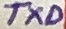
Text: TXD